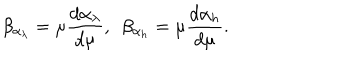
LaTeX: \beta _ { \alpha _ { \lambda } } = \mu \frac { d \alpha _ { \lambda } } { d \mu } , ~ ~ \beta _ { \alpha _ { h } } = \mu \frac { d \alpha _ { h } } { d \mu } .